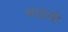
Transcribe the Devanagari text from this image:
साइसी